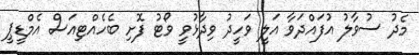
މެދު ސުވާލު އުފައްދަވާ އަލީ ވަހީދު ވިދާޅުވީ ވޯޓު ފޮށި ބެހެއްޓިއަސް އެމްޑީޕީ